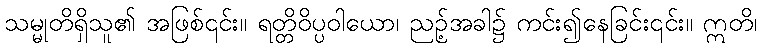
သမ္မုတိရှိသူ၏ အဖြစ်၎င်း။ ရတ္တိဝိပ္ပဝါယော၊ ညဉ့်အခါ၌ ကင်း၍နေခြင်း၎င်း။ ဣတိ၊